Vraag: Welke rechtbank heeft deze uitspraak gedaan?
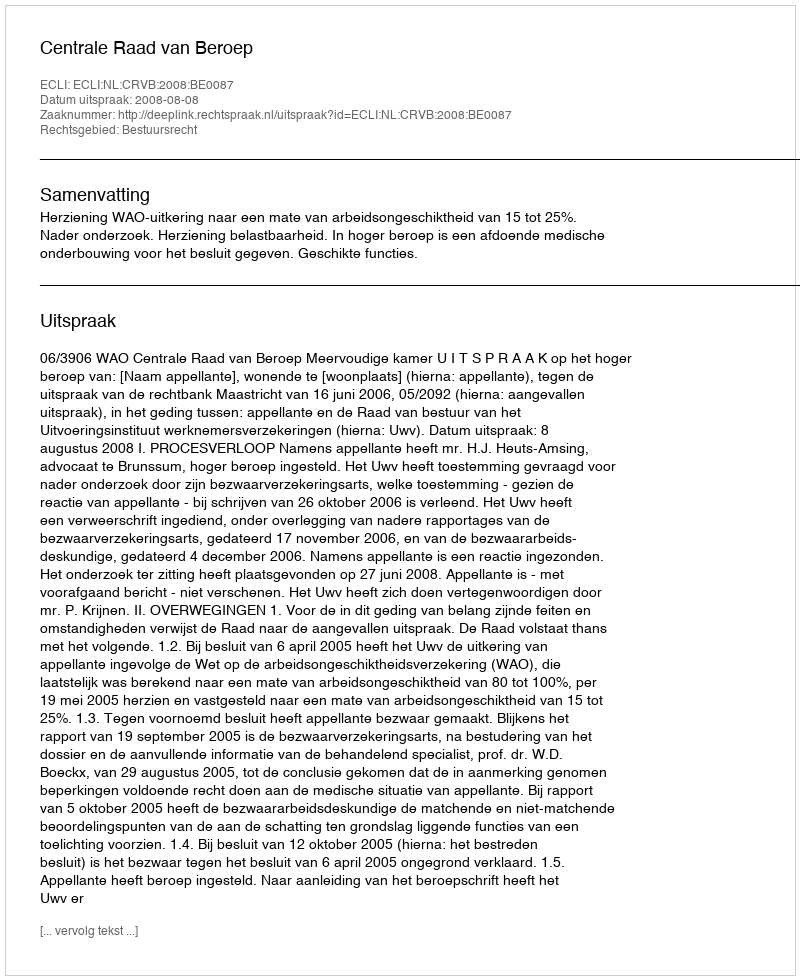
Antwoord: Centrale Raad van Beroep